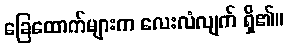
ခြေထောက်များက လေးလံလျက် ရှိ၏။